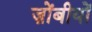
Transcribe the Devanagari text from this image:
ज़ोंबीयों